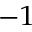
^ { - 1 }